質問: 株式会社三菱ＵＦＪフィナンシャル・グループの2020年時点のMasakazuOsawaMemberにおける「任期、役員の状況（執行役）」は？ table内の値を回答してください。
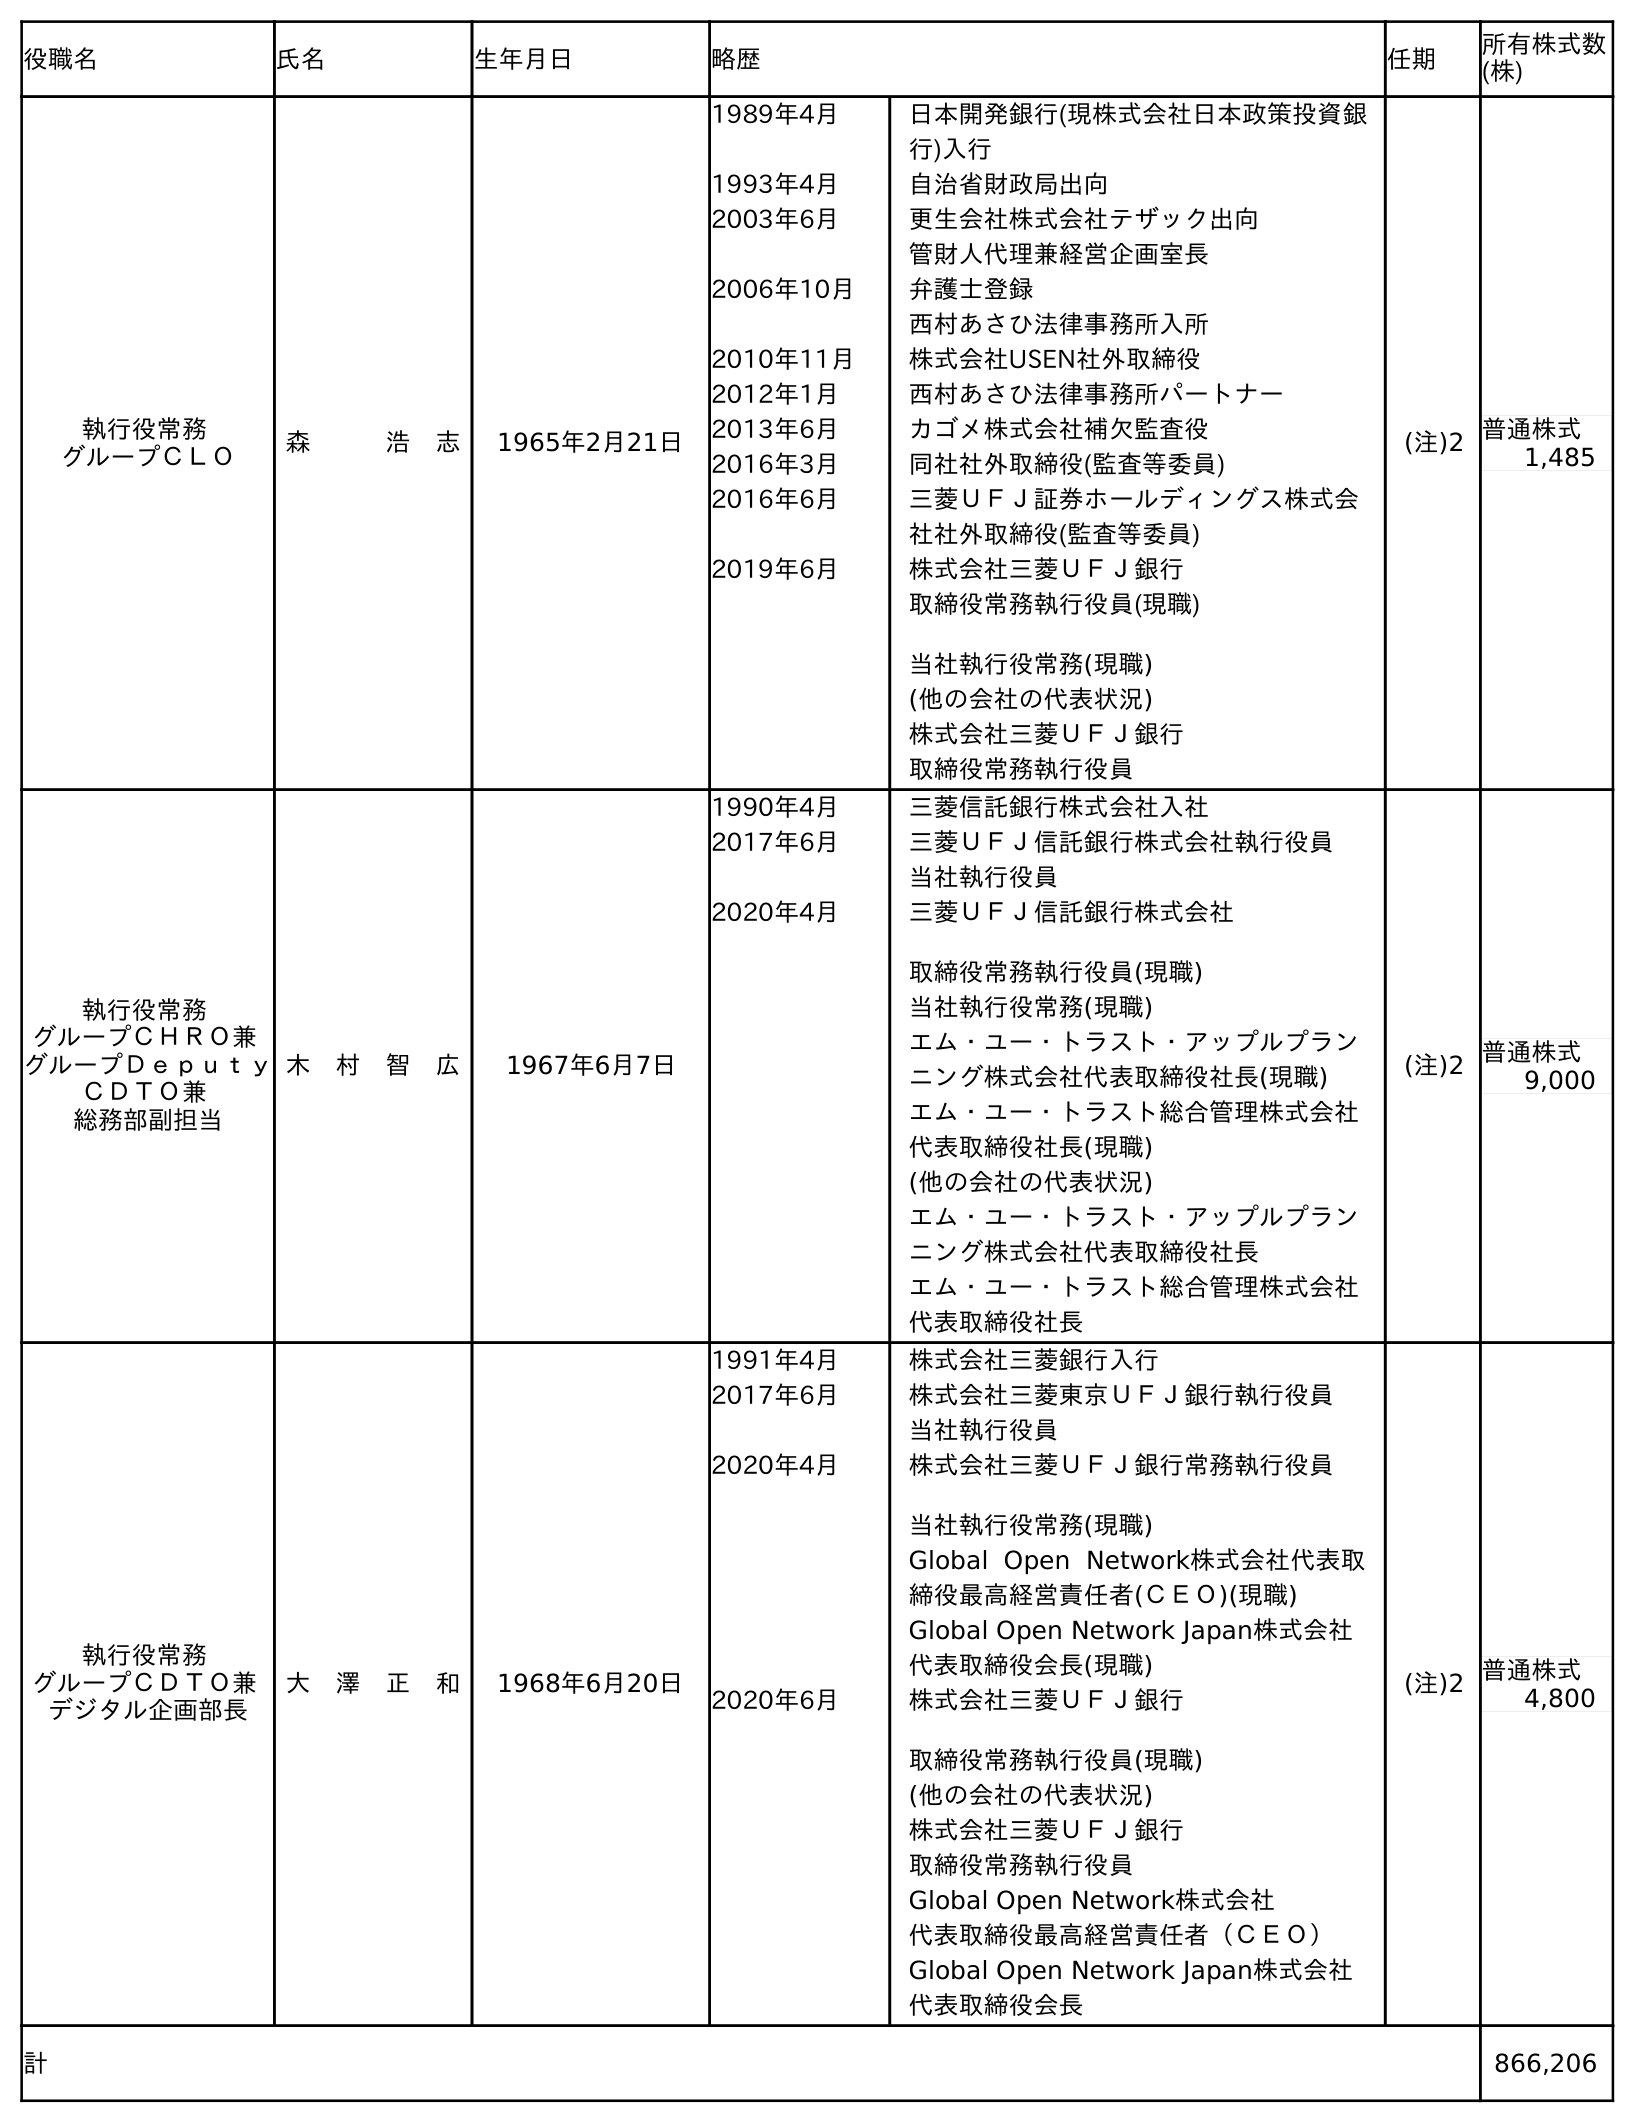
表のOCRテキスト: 役職名 氏名 生年月日 略歴 任期 所有株式数 (株) 執行役常務 グループＣＬＯ 森   浩 志 1965年2月21日 1989年4月 日本開発銀行(現株式会社日本政策投資銀 行)入行 1993年4月 自治省財政局出向 2003年6月 更生会社株式会社テザック出向 管財人代理兼経営企画室長 2006年10月 弁護士登録 西村あさひ法律事務所入所 2010年11月 株式会社USEN社外取締役 2012年1月 西村あさひ法律事務所パートナー 2013年6月 カゴメ株式会社補欠監査役 2016年3月 同社社外取締役(監査等委員) 2016年6月 三菱ＵＦＪ証券ホールディングス株式会 社社外取締役(監査等委員) 2019年6月 株式会社三菱ＵＦＪ銀行 取締役常務執行役員(現職) 当社執行役常務(現職) (他の会社の代表状況) 株式会社三菱ＵＦＪ銀行 取締役常務執行役員 (注)2 普通株式 1,485 執行役常務 グループＣＨＲＯ兼 グループＤｅｐｕｔｙ ＣＤＴＯ兼 総務部副担当 木 村 智 広 1967年6月7日 1990年4月 三菱信託銀行株式会社入社 2017年6月 三菱ＵＦＪ信託銀行株式会社執行役員 当社執行役員 2020年4月 三菱ＵＦＪ信託銀行株式会社 取締役常務執行役員(現職) 当社執行役常務(現職) エム・ユー・トラスト・アップルプラン ニング株式会社代表取締役社長(現職) エム・ユー・トラスト総合管理株式会社 代表取締役社長(現職) (他の会社の代表状況) エム・ユー・トラスト・アップルプラン ニング株式会社代表取締役社長 エム・ユー・トラスト総合管理株式会社 代表取締役社長 (注)2 普通株式 9,000 執行役常務 グループＣＤＴＯ兼 デジタル企画部長 大 澤 正 和 1968年6月20日 1991年4月 株式会社三菱銀行入行 2017年6月 株式会社三菱東京ＵＦＪ銀行執行役員 当社執行役員 2020年4月 株式会社三菱ＵＦＪ銀行常務執行役員 当社執行役常務(現職) Global Open Network株式会社代表取 締役最高経営責任者(ＣＥＯ)(現職) Global Open Network Japan株式会社 代表取締役会長(現職) 2020年6月 株式会社三菱ＵＦＪ銀行 取締役常務執行役員(現職) (他の会社の代表状況) 株式会社三菱ＵＦＪ銀行 取締役常務執行役員 Global Open Network株式会社 代表取締役最高経営責任者（ＣＥＯ） Global Open Network Japan株式会社 代表取締役会長 (注)2 普通株式 4,800 計 866,206
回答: (注)2